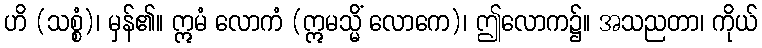
ဟိ (သစ္စံ)၊ မှန်၏။ ဣမံ လောကံ (ဣမသ္မိံ လောကေ)၊ ဤလောက၌။ အသညတာ၊ ကိုယ်